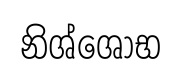
නිශ්ශෝභ